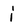
Character: j